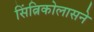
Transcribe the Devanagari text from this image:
सिंत्निकोलासने